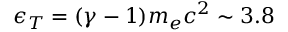
\epsilon _ { T } = ( \gamma - 1 ) m _ { e } c ^ { 2 } \sim 3 . 8